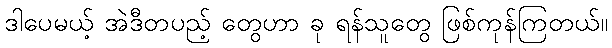
ဒါပေမယ့် အဲဒီတပည့် တွေဟာ ခု ရန်သူတွေ ဖြစ်ကုန်ကြတယ်။